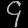
Digit: ၄